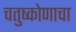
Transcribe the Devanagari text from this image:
चतुष्कोणाचा